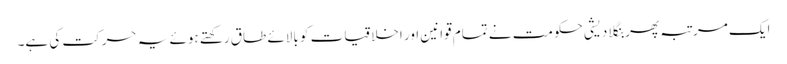
ایک مرتبہ پھر بنگلا دیشی حکومت نے تمام قوانین اور اخلاقیات کو بالائے طاق رکھتے ہوئے یہ حرکت کی ہے۔